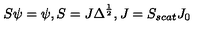
S \psi = \psi , S = J \Delta ^ { \frac { 1 } { 2 } } , J = S _ { s c a t } J _ { 0 }